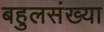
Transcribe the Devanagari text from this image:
बहुलसंख्या